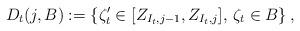
LaTeX: \begin{align*} D_{t} (j , B) := \left\{ \zeta'_t \in [ Z_{I_{t},j-1} , Z_{I_{t},j} ], \, \zeta_t \in B \right\} ,\end{align*}